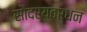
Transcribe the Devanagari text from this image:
सौंदर्यवर्धन